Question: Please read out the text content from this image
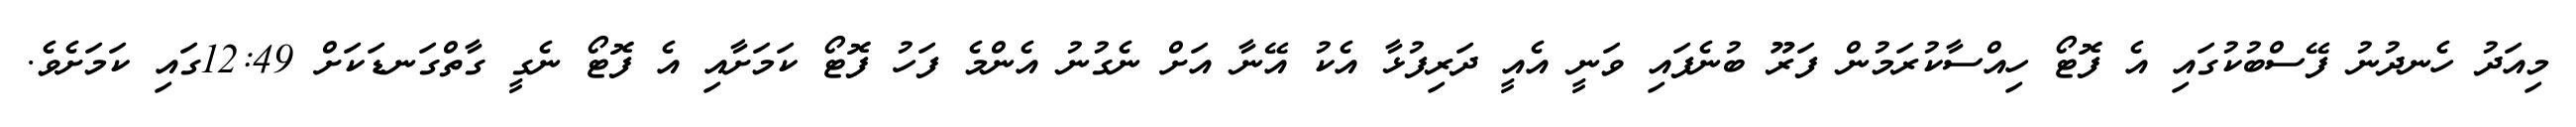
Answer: މިއަދު ހެނދުނު ފޭސްބުކުގައި އެ ފޮޓޯ ހިއްސާކުރަމުން ފަރޫ ބުނެފައި ވަނީ އެއީ ދަރިފުޅާ އެކު އޭނާ އަށް ނެގުނު އެންމެ ފަހު ފޮޓޯ ކަމަށާއި އެ ފޮޓޯ ނެގީ ގާތްގަނޑަކަށް 12:49ގައި ކަމަށެވެ.